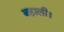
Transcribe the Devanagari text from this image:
बहाली।